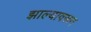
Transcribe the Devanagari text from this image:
झाल्यावरून